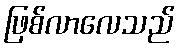
ဖြစ်လာလေသည်